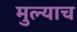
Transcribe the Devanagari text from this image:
मुल्याच